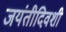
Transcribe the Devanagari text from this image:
जयंतीदिवशी